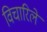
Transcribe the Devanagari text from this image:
विचारिलें